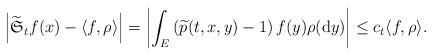
LaTeX: \begin{align*}\left|\widetilde{\mathfrak{S}}_{t}f(x)-\langle f,\rho\rangle\right|=\left|\int_{E}\left(\widetilde{p}(t,x,y)-1\right)f(y)\rho({\rm d}y)\right|\le c_{t}\langle f,\rho\rangle.\end{align*}